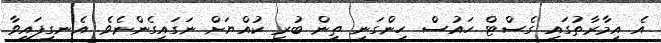
އެ އިމާރާތުގައި ގެސްޓް ހައުސް ހިންގަނީ ތިން ބުރި ކުއްޔަށް ނަގައިގެންނެވެ. އެނގިފައިވާ